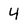
Character: 4